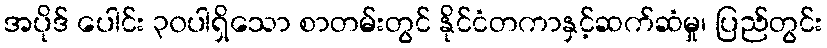
အပိုဒ် ပေါင်း ၃၀ပါရှိသော စာတမ်းတွင် နိုင်ငံတကာနှင့်ဆက်ဆံမှု၊ ပြည်တွင်း